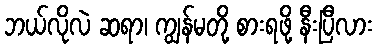
ဘယ်လိုလဲ ဆရာ၊ ကျွန်မတို့ စားရဖို့ နီးပြီလား